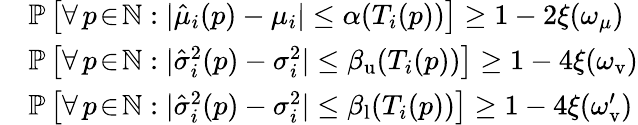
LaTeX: \begin{array}{rl}&{\mathbb{P}\left[\forall\, p\! \in\! \mathbb{N}:|\hat{\mu}_{i}(p)-\mu_{i}|\leq\alpha(T_{i}(p))\right]\geq 1-2\xi(\omega_{\mu})}\\ &{\mathbb{P}\left[\forall\, p\! \in\! \mathbb{N}:|\hat{\sigma}_{i}^{2}(p)-\sigma_{i}^{2}|\leq\beta_{\mathrm{u}}(T_{i}(p))\right]\geq 1-4\xi(\omega_{\mathrm{v}})}\\ &{\mathbb{P}\left[\forall\, p\! \in\! \mathbb{N}:|\hat{\sigma}_{i}^{2}(p)-\sigma_{i}^{2}|\leq\beta_{\mathrm{l}}(T_{i}(p))\right]\geq 1-4\xi(\omega_{\mathrm{v}}^{\prime})}\end{array}